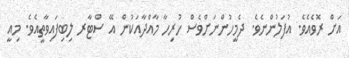
އަށް ރޮވެއެވެ. އުފަލުންނެވެ. ދެމީހުންނަށްވެސް ހުރިހާ މާއްދާއަކުން އޭ ސްޓާރ ލިބިފައިވާތީއެވެ. މިއީ